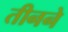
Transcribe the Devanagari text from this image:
तीनने